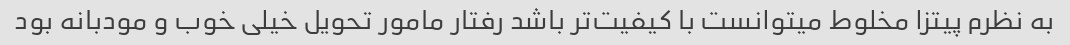
به نظرم پیتزا مخلوط میتوانست با کیفیت‌تر باشد رفتار مامور تحویل خیلی خوب و مودبانه بود